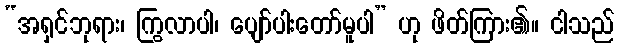
“အရှင်ဘုရား၊ ကြွလာပါ၊ ပျော်ပါးတော်မူပါ” ဟု ဖိတ်ကြား၏။ ငါသည်